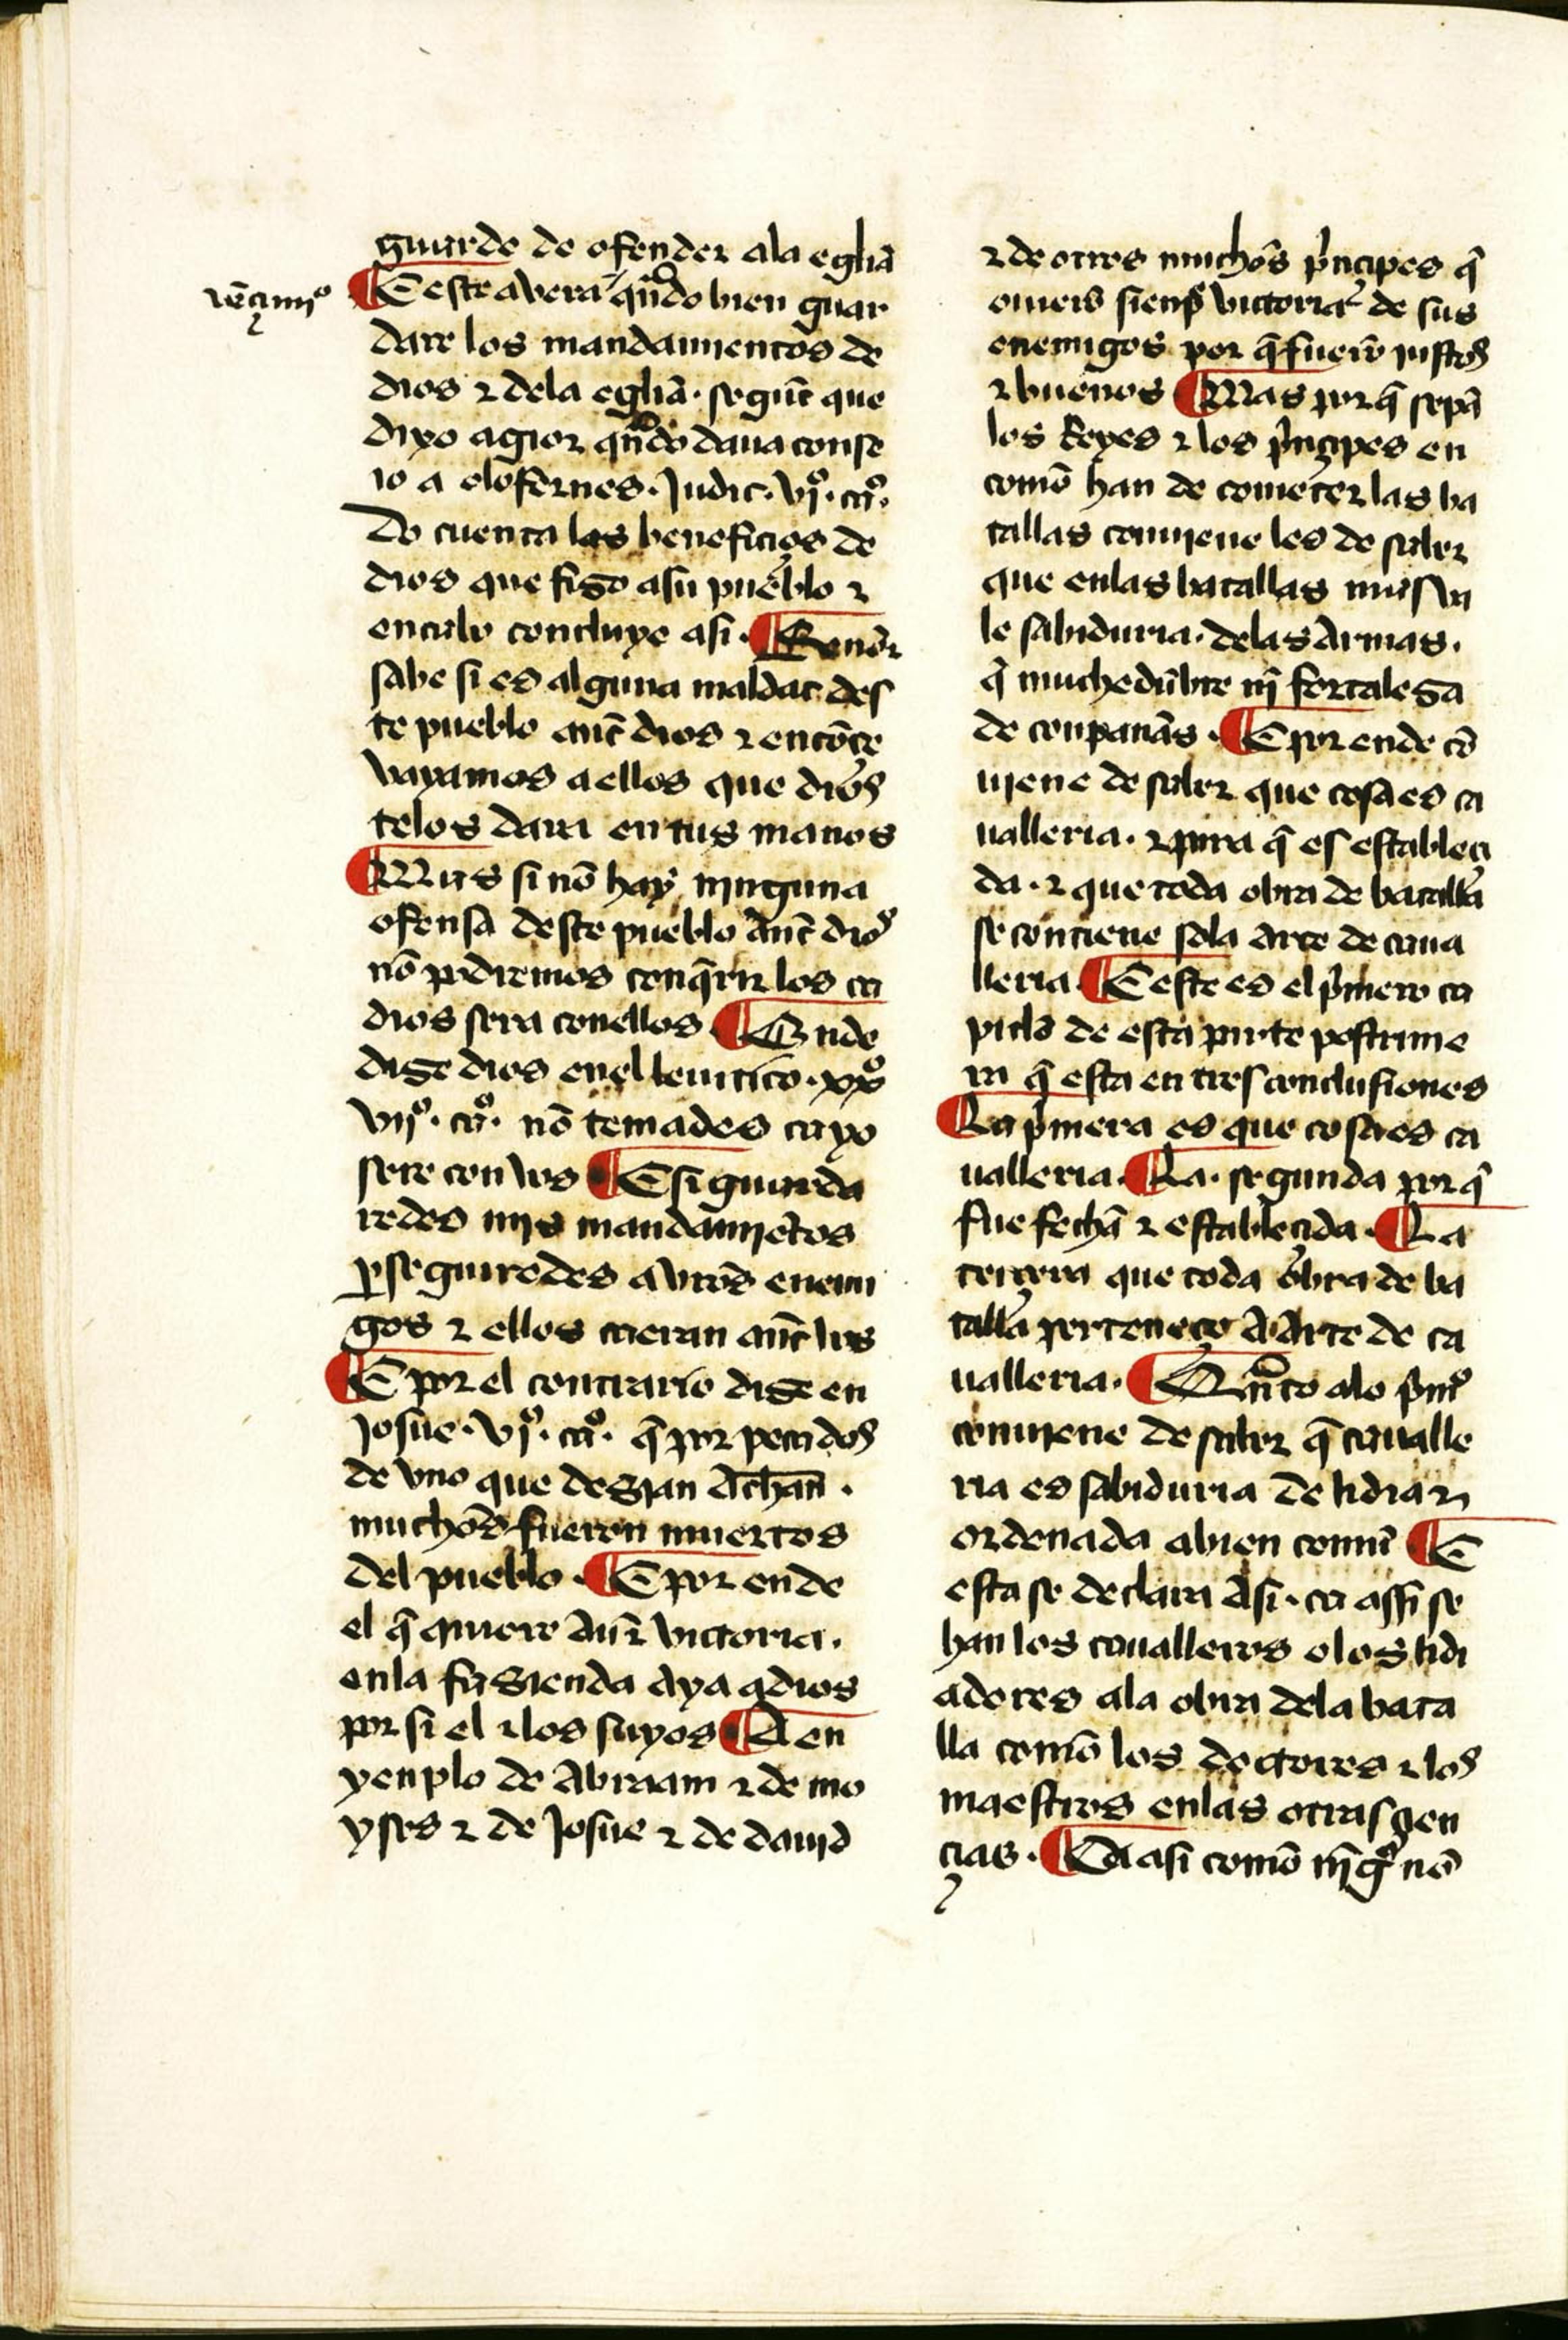
Shelfmark: Salamanca, Biblioteca Histórica USAL, 2097
Century: 15